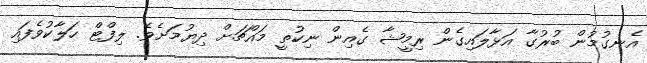
އެނގުމުން ބުރުގާ އަޅާލައިގެން ރިމީޝާ ގެއިން ނިކުތީ މައްޗަށް ދިޔުމަށެވެ. ލިފްޓް ހަލާކުވެފައި